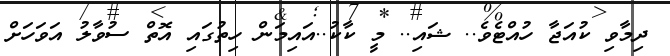
ދިމާވި ކުއަޖާ ހުއްޓެވެ.. ޝައި.. މީ ކާކު..އައިމަން ހިތުގައި އޮތް ސުވާލު އަވަހަށް